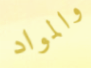
والمواد